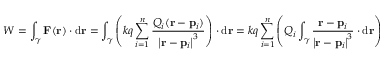
W = \int _ { \gamma } \mathbf { F } ( \mathbf { r } ) \cdot \mathrm { d } \mathbf { r } = \int _ { \gamma } \left( k q \sum _ { i = 1 } ^ { n } { \frac { Q _ { i } ( \mathbf { r } - \mathbf { p } _ { i } ) } { \left| \mathbf { r } - \mathbf { p } _ { i } \right| ^ { 3 } } } \right) \cdot \mathrm { d } \mathbf { r } = k q \sum _ { i = 1 } ^ { n } \left( Q _ { i } \int _ { \gamma } { \frac { \mathbf { r } - \mathbf { p } _ { i } } { \left| \mathbf { r } - \mathbf { p } _ { i } \right| ^ { 3 } } } \cdot \mathrm { d } \mathbf { r } \right)